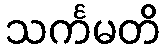
သင်္ကမတိ